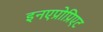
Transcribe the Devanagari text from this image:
इनएप्रोप्रिएट